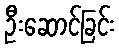
ဦးဆောင်ခြင်း